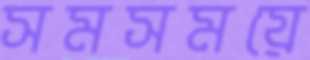
সমসময়ে